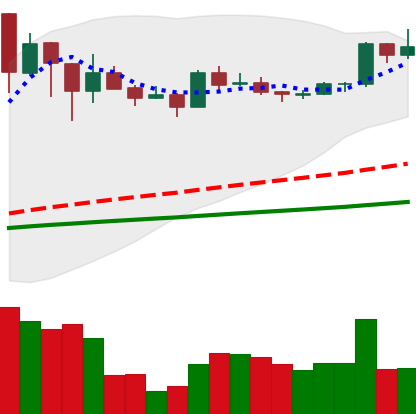
Ticker: BNB-USD
Chart end date: 2021-03-11
Forward return: -10.936%
Label: down_7plus